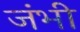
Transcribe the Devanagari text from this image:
जंभी